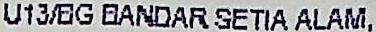
U13/BG BANDAR SETIA ALAM,